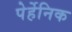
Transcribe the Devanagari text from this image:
पेर्हेनिक